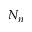
N _ { n }